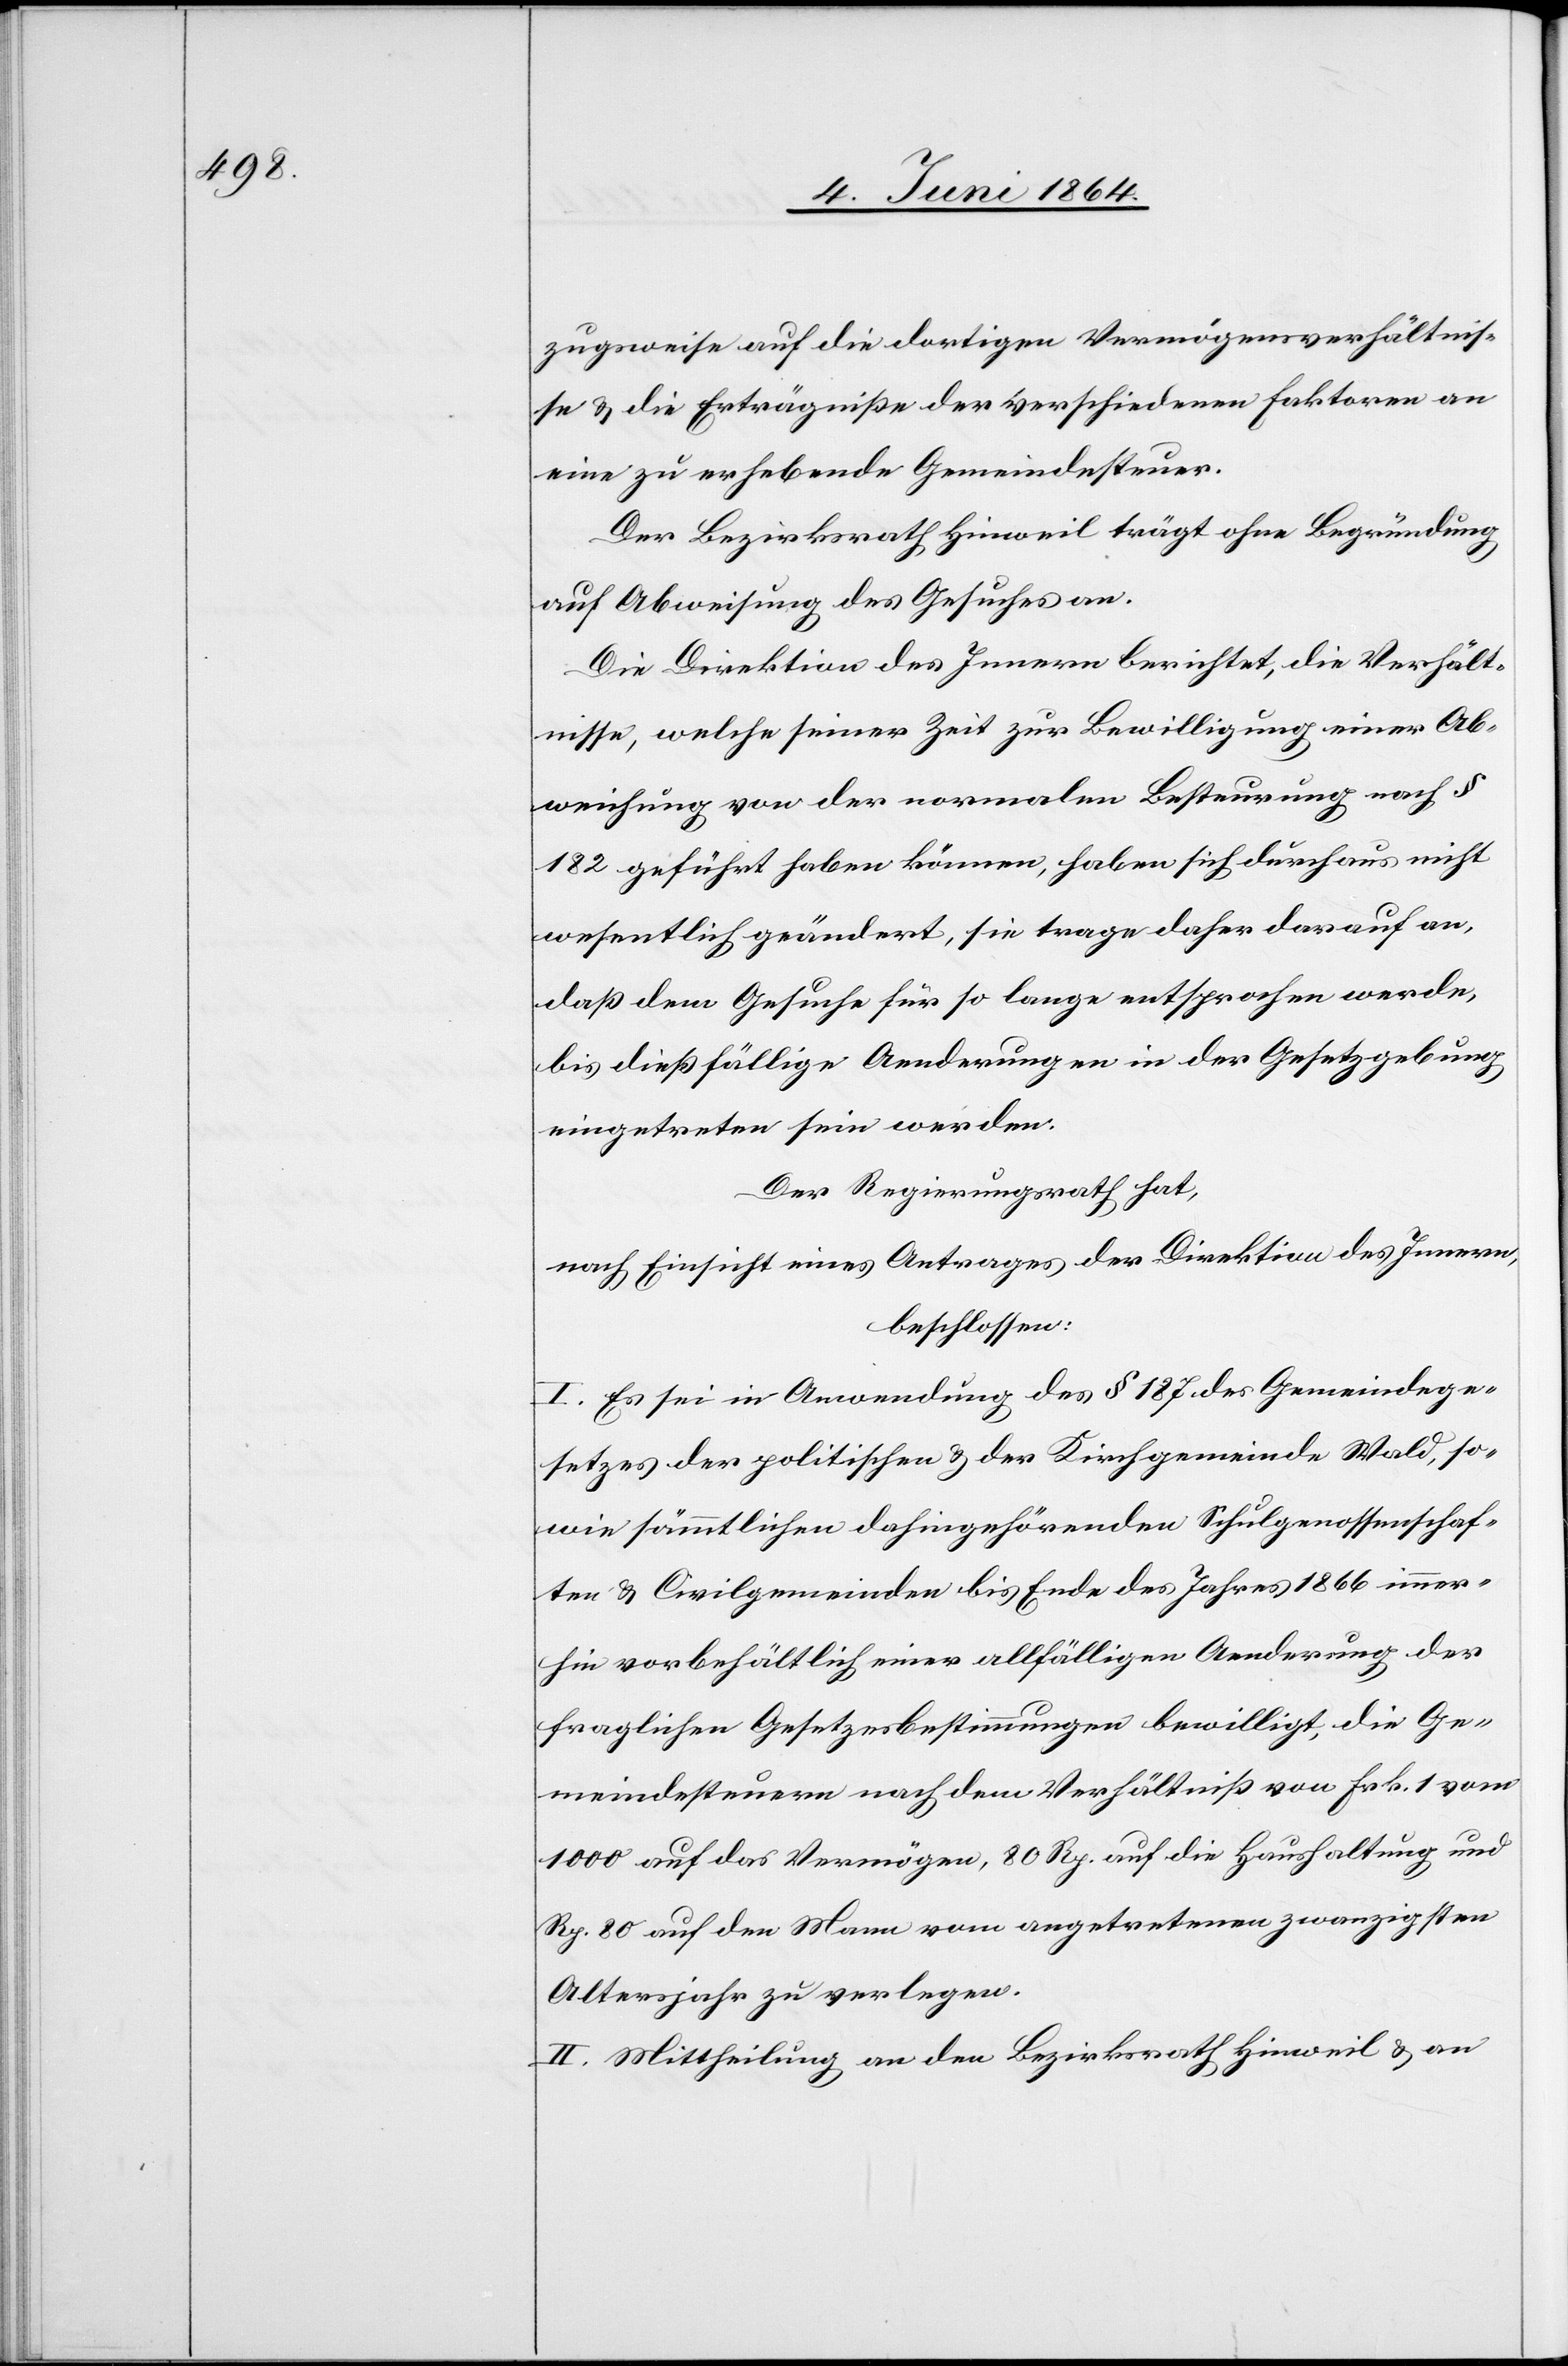
zugsweise auf die dortigen Vermögensverhältnis¬
se u. die Erträgniße der verschiedenen Faktoren an
eine zu erhebende Gemeindesteuer.
Der Bezirksrath Hinweil trägt ohne Begründung
auf Abweisung des Gesuches an.
Die Direktion des Innern berichtet, die Verhält¬
nisse, welche seiner Zeit zur Bewilligung einer Ab¬
weichung von der normalen Besteuerung nach §
182 geführt haben können, haben sich durchaus nicht
wesentlich geändert, sie trage daher darauf an,
daß dem Gesuche für so lange entsprochen werde,
bis dießfällige Aenderungen in der Gesetzgebung
eingetreten sein werden.
Der Regierungsrath hat,
nach Einsicht eines Antrages der Direktion des Innern,
beschlossen:
I. Es sei in Anwendung des § 187 des Gemeindege¬
setzes der politischen u. der Kirchgemeinde Wald, so¬
wie sämmtlichen dahingehörenden Schulgenossenschaf¬
ten u. Civilgemeinden bis Ende des Jahres 1866 immer¬
hin vorbehältlich einer allfälligen Aenderung der
fraglichen Gesetzesbestimmungen bewilligt, die Ge¬
meindesteuern nach dem Verhältniß von Frk. 1 vom
1000 auf das Vermögen, 80 Rp. auf die Haushaltung und
Rp. 80 auf den Mann vom angetretenen zwanzigsten
Altersjahr zu verlegen.
II. Mittheilung an den Bezirksrath Hinweil u. an